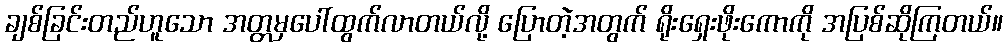
ချစ်ခြင်းတည်ဟူသော အတ္တမှပေါ်ထွက်လာတယ်လို့ ပြောတဲ့အတွက် ရိုးရှေးဖိုးကောကို အပြစ်ဆိုကြတယ်။